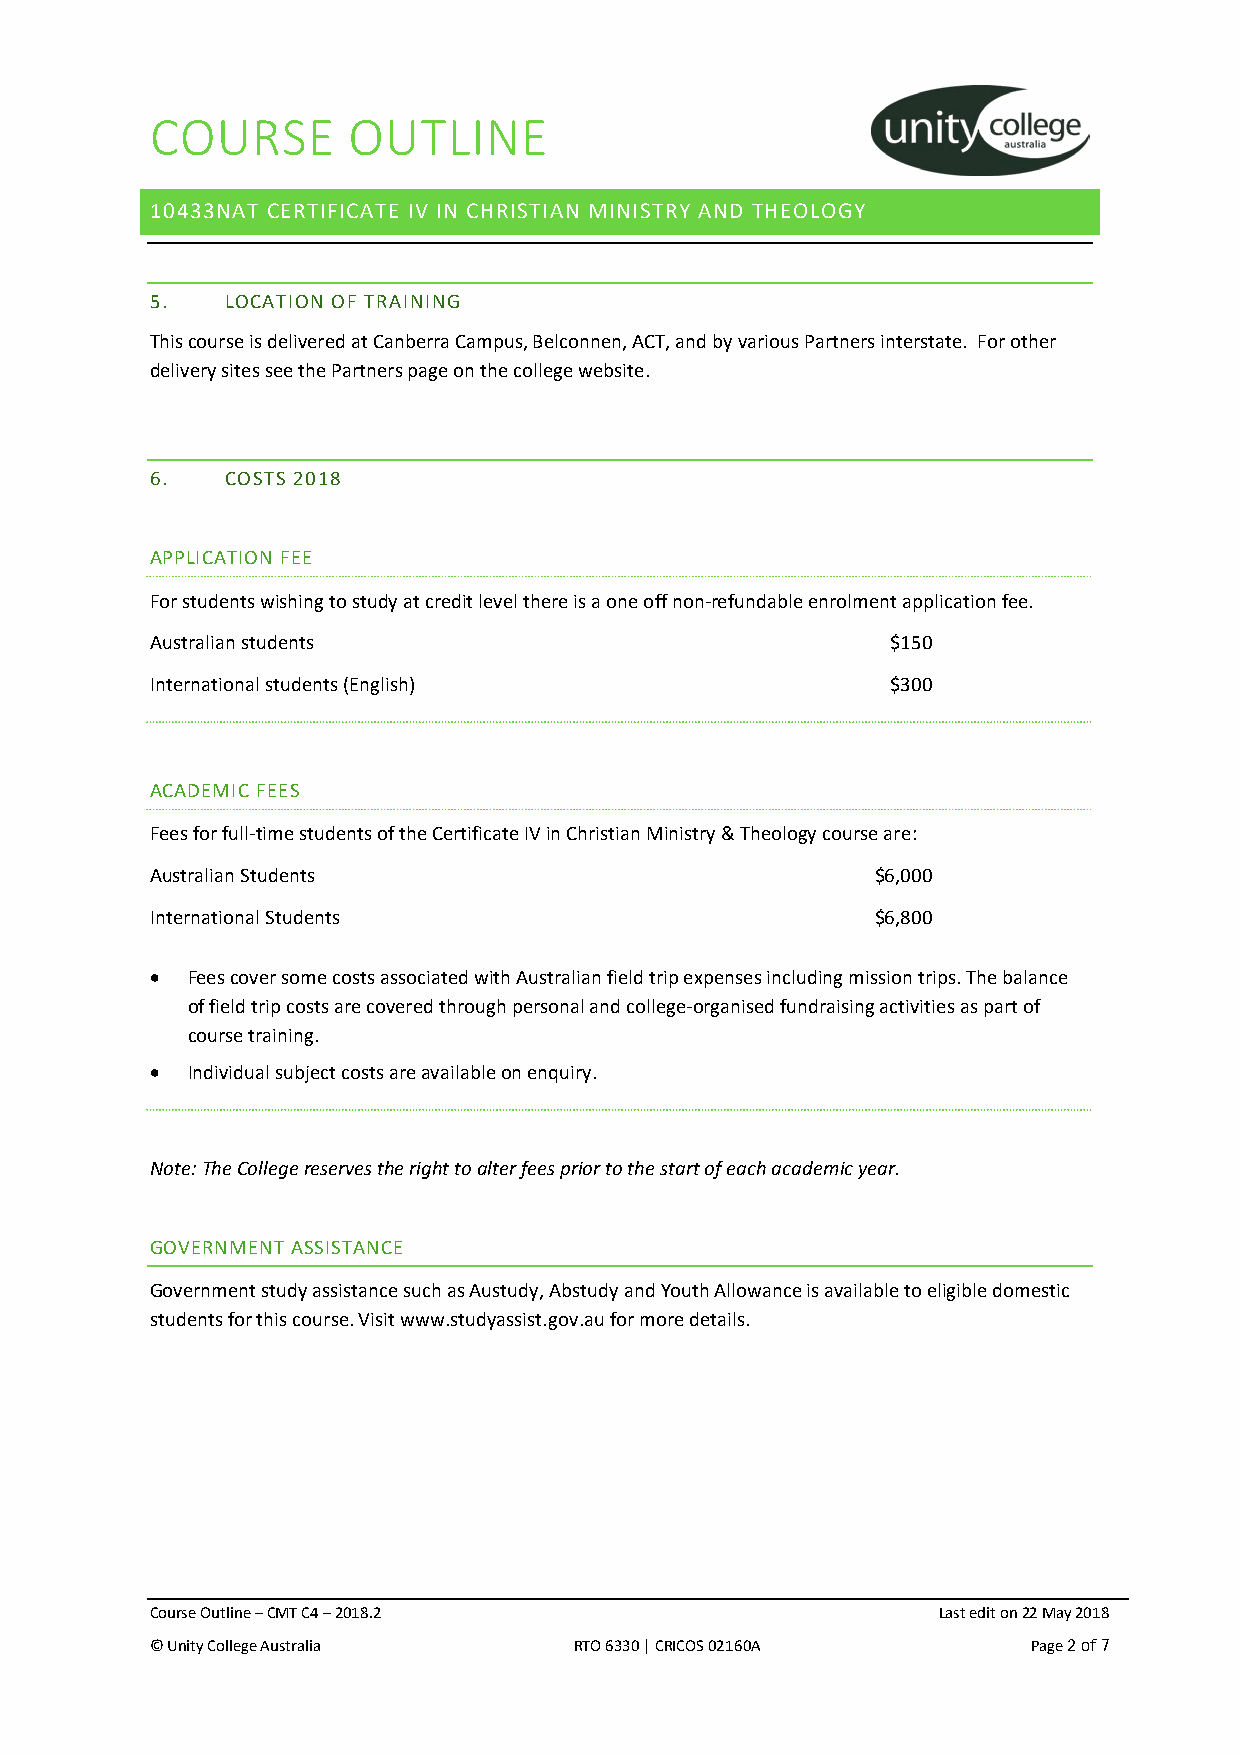
COURSE       OUTLINE
 10433NAT CERTIFICATE IV IN CHRISTIAN MINISTRY AND THEOLOGY
 5.   LOCATION OF TRAINING
 This course is delivered at Canberra Campus, Belconnen, ACT, and by various Partners interstate. For other
 delivery sites see the Partners page on the college website.
 6.   COSTS 2018
 APPLICATION FEE
 For students wishing to study at credit level there is a one off non-refundable enrolment application fee.
 Australian students                              $150
 International students (English)                 $300
 ACADEMIC FEES
 Fees for full-time students of the Certificate IV in Christian Ministry & Theology course are:
 Australian Students                             $6,000
 International Students                          $6,800
 • Fees cover some costs associated with Australian field trip expenses including mission trips. The balance
 of field trip costs are covered through personal and college-organised fundraising activities as part of
 course training.
 • Individual subject costs are available on enquiry.
 Note: The College reserves the right to alter fees prior to the start of each academic year.
 GOVERNMENT ASSISTANCE
 Government study assistance such as Austudy, Abstudy and Youth Allowance is available to eligible domestic
 students for this course. Visit www.studyassist.gov.au for more details.
 Course Outline – CMT C4 – 2018.2                    Last edit on 22 May 2018
 © Unity College Australia   RTO 6330 | CRICOS 02160A      Page 2 of 7